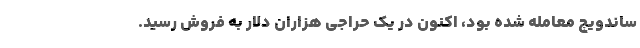
ساندویچ معامله شده بود، اکنون در یک حراجی هزاران دلار به فروش رسید.